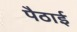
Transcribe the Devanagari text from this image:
पैठाई